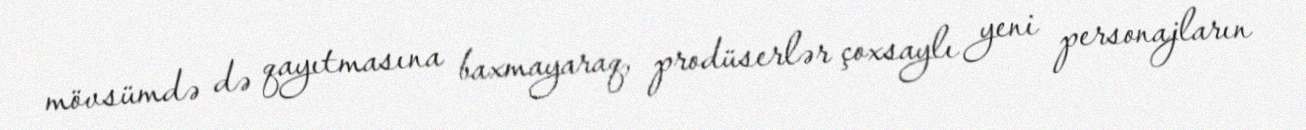
mövsümdə də qayıtmasına baxmayaraq, prodüserlər çoxsaylı yeni personajların